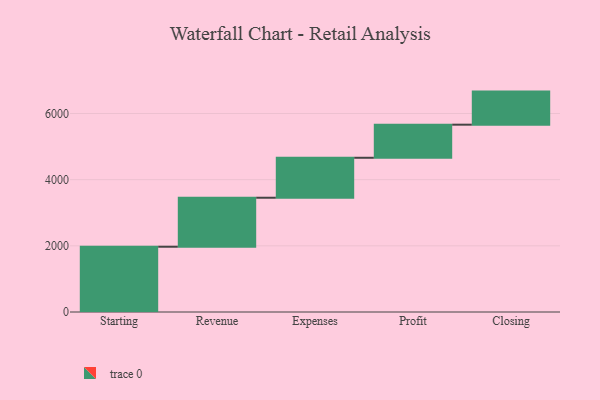
{"axis": {"x": "Step", "y": "Value"}, "legend": [""], "data": [{"x": "Starting", "y": 1973.0, "type": ""}, {"x": "Revenue", "y": 1481.0, "type": ""}, {"x": "Expenses", "y": 1208.0, "type": ""}, {"x": "Profit", "y": 1000, "type": ""}, {"x": "Closing", "y": 1000, "type": ""}]}